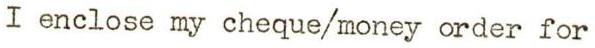
I enclose my cheque/money order for